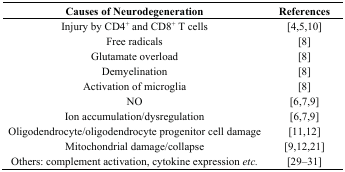
<table><thead><tr><td><b>Causes of Neurodegeneration</b></td><td><b>References</b></td></tr></thead><tbody><tr><td>Injury by CD4<sup>+</sup> and CD8<sup>+</sup> T cells</td><td>[4,5,10]</td></tr><tr><td>Free radicals</td><td>[8]</td></tr><tr><td>Glutamate overload</td><td>[8]</td></tr><tr><td>Demyelination</td><td>[8]</td></tr><tr><td>Activation of microglia</td><td>[8]</td></tr><tr><td>NO</td><td>[6,7,9]</td></tr><tr><td>Ion accumulation/dysregulation</td><td>[6,7,9]</td></tr><tr><td>Oligodendrocyte/oligodendrocyte progenitor cell damage</td><td>[11,12]</td></tr><tr><td>Mitochondrial damage/collapse</td><td>[9,12,21]</td></tr><tr><td>Others: complement activation, cytokine expression <i>etc.</i></td><td>[29–31]</td></tr></tbody></table>